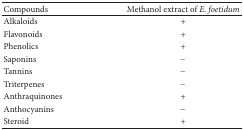
<table><thead><tr><td><b>Compounds</b></td><td><b>Methanol extract of <i>E. foetidum</i></b></td></tr></thead><tbody><tr><td>Alkaloids</td><td>+</td></tr><tr><td>Flavonoids</td><td>+</td></tr><tr><td>Phenolics</td><td>+</td></tr><tr><td>Saponins</td><td>−</td></tr><tr><td>Tannins</td><td>−</td></tr><tr><td>Triterpenes</td><td>−</td></tr><tr><td>Anthraquinones</td><td>+</td></tr><tr><td>Anthocyanins</td><td>−</td></tr><tr><td>Steroid</td><td>+</td></tr></tbody></table>